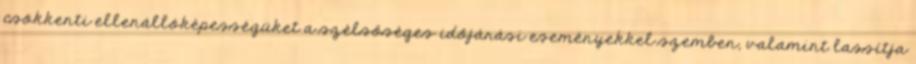
csökkenti ellenállóképességüket a szélsőséges időjárási eseményekkel szemben, valamint lassítja